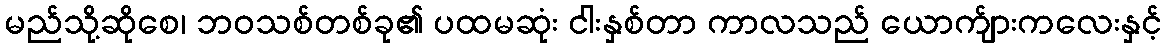
မည်သို့ဆိုစေ၊ ဘဝသစ်တစ်ခု၏ ပထမဆုံး ငါးနှစ်တာ ကာလသည် ယောက်ျားကလေးနှင့်